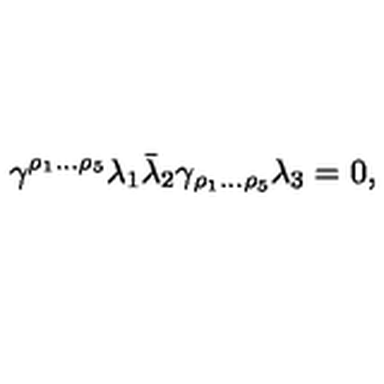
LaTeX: { \gamma ^ { \rho _ { 1 } \dots \rho _ { 5 } } \lambda _ { 1 } \bar { \lambda } _ { 2 } \gamma _ { \rho _ { 1 } \dots \rho _ { 5 } } \lambda _ { 3 } = 0 , }